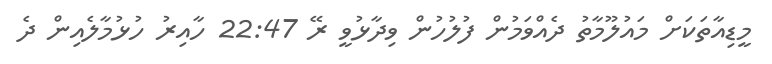
މީޑިއާތަކަށް މައުލޫމާތު ދެއްވަމުން ފުލުހުން ވިދާޅުވީ ރޭ 22:47 ހާއިރު ހުޅުމާލެއިން ދެ